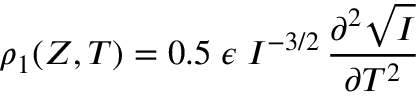
\rho _ { 1 } ( Z , T ) = 0 . 5 \; \epsilon \; I ^ { - 3 / 2 } \, \frac { \partial ^ { 2 } \sqrt { I } } { \partial T ^ { 2 } }